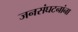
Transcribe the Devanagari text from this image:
जनसंघटनांना